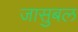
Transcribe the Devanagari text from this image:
जासुबल